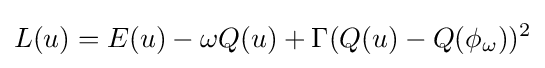
L(u)=E(u)-\omega Q(u)+\Gamma (Q(u)-Q(\phi _{\omega }))^{2}